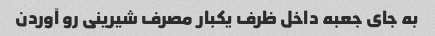
به جای جعبه داخل ظرف یکبار مصرف شیرینی رو آوردن